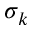
\sigma _ { k }